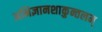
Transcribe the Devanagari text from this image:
अभिज्ञानशाकुन्तलम्‌